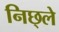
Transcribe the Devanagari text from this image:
निछ्ले